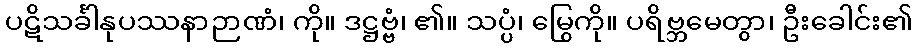
ပဋိသင်္ခါနုပဿနာဉာဏံ၊ ကို။ ဒဋ္ဌဗ္ဗံ၊ ၏။ သပ္ပံ၊ မြွေကို။ ပရိဗ္ဘမေတွာ၊ ဦးခေါင်း၏